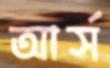
আর্স